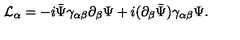
{ \cal L } _ { \alpha } = - i \bar { \Psi } \gamma _ { \alpha \beta } \partial _ { \beta } \Psi + i ( \partial _ { \beta } \bar { \Psi } ) \gamma _ { \alpha \beta } \Psi .